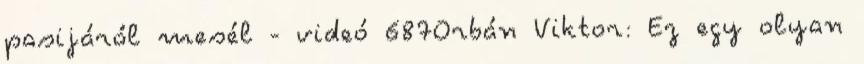
pasijáról mesél - videó 687Orbán Viktor: Ez egy olyan